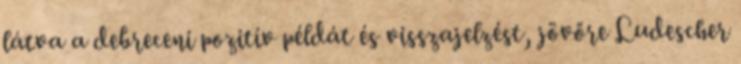
látva a debreceni pozitív példát és visszajelzést, jövőre Ludescher